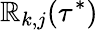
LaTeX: \mathbb{R}_{k,j}(\tau^{*})